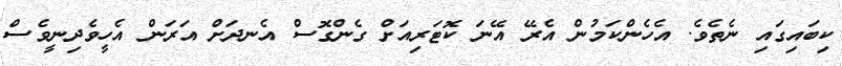
ކިބައިގައި ނެތެވެ. އެހެންކަމުން އެރޭ އޭނަ ކޮޓަރިއަށް ގެންގޮސް އެނދަށް އަރަން އެހީވެދިނީވެސް